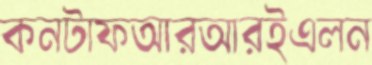
কনটাফআরআরইএলন